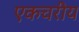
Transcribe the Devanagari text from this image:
एकचरीय